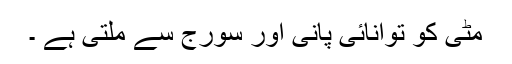
مٹّی کو توانائی پانی اور سورج سے ملتی ہے ۔